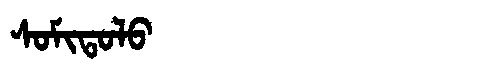
Manchu: ᠰᠣᠮᡳᡨᠣᠯᠣ
Romanization: SOMITOLO